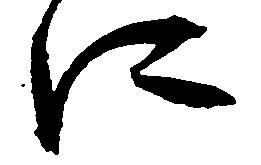
に